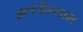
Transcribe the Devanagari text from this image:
अल्ल्हेस्लाम